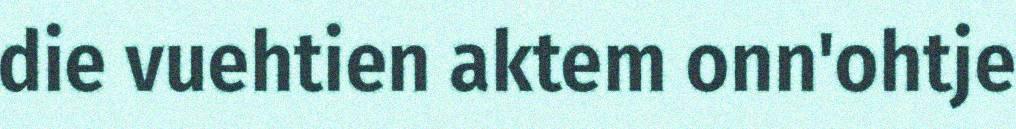
die vuehtien aktem onn'ohtje